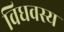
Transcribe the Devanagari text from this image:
विधवस्य